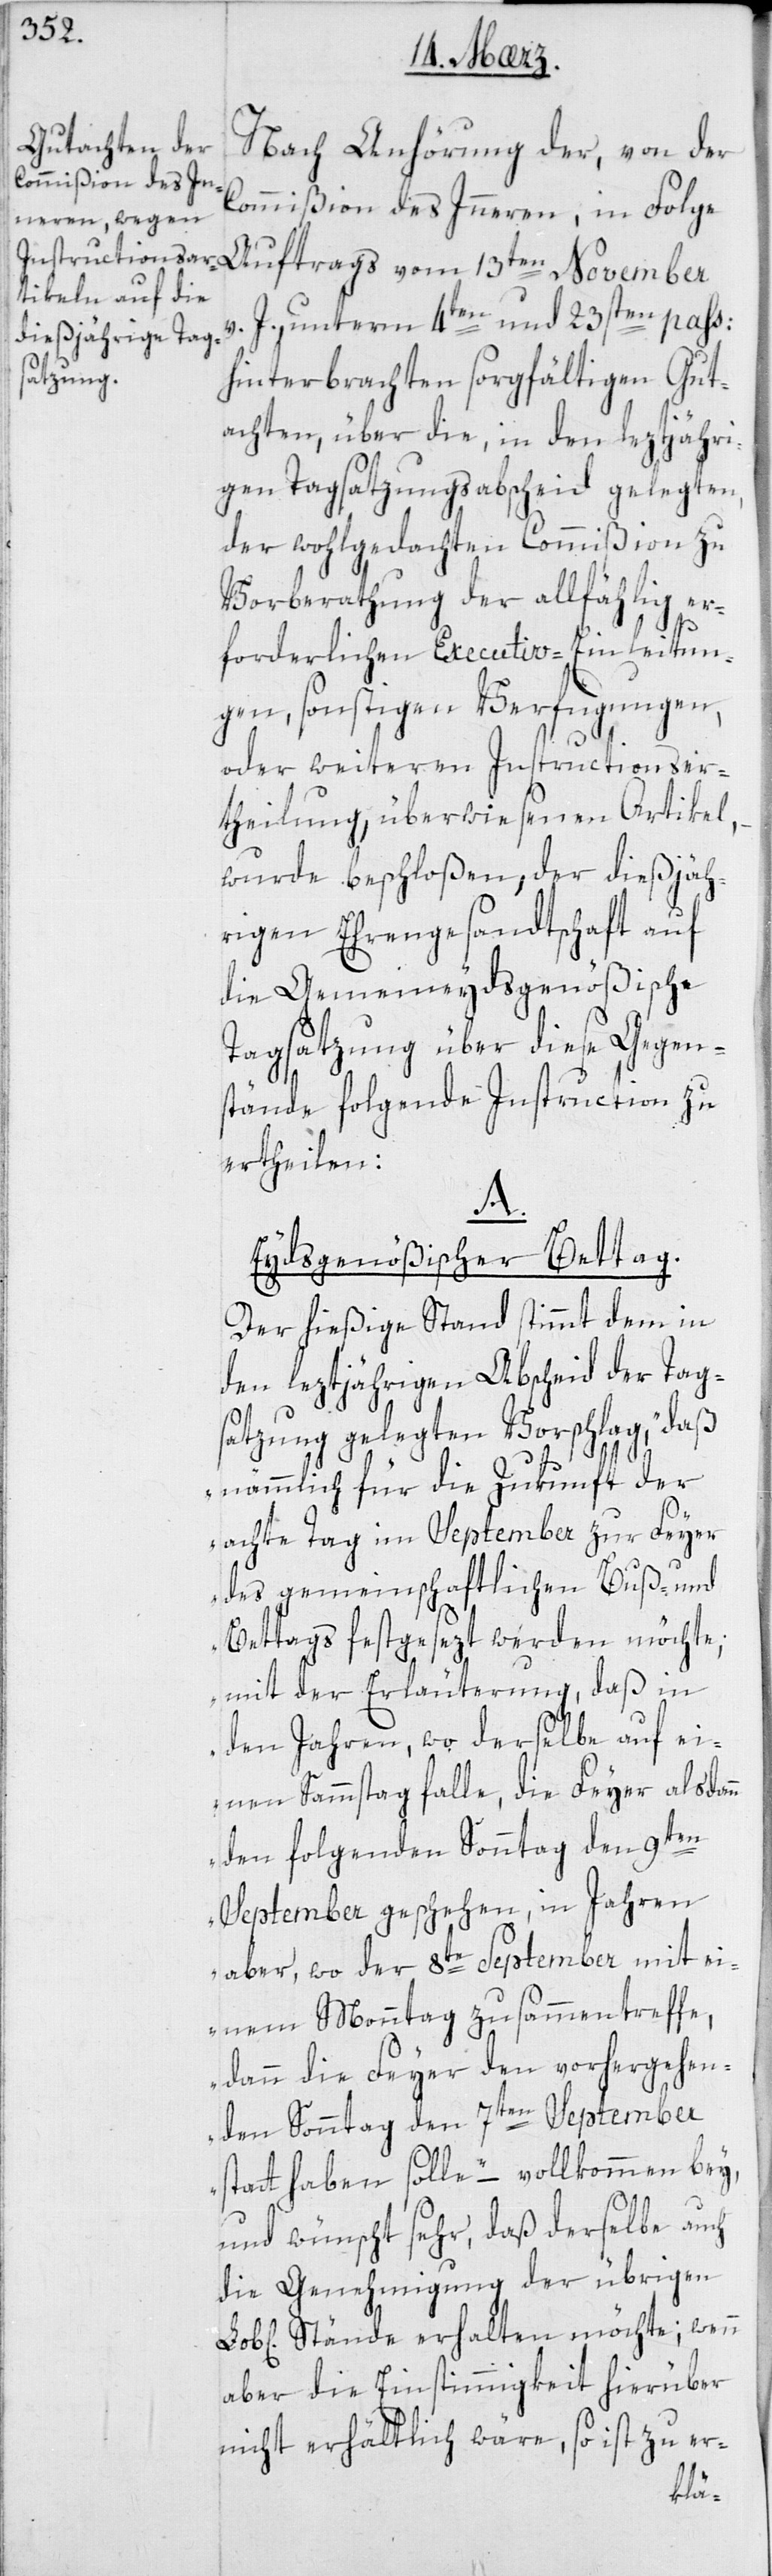
Nach Anhörung der, von der
Commißion des Innern in Folge
Auftrags vom 13ten November
v. J. unterm 4ten und 23sten pass:
hinterbrachten sorgfältigen Gut¬
achten, über die, in den leztjähri¬
gen Tagsatzungsabscheid gelegten,
der wohlgedachten Commißion zu
Vorberathung der allfällig er¬
forderlichen Executiv-Einleitun¬
gen, sonstigen Verfügungen,
oder weiteren Instructionser¬
theilung überwiesenen Artikel,
wurde beschloßen, der dießjäh¬
rigen Ehrengesandtschaft auf
die Gemeineydsgenößische
Tagsatzung über diese Gegen¬
stände folgende Instruction zu
ertheilen:
A.
Eydsgenößischer Bettag.
Der hießige Stand stimmt dem in
den leztjährigen Abscheid der Tag¬
satzung gelegten Vorschlag, „daß
nämmlich für die Zukunft der
achte Tag im September zur Feyer
des gemeinschaftlichen Buß- und
Bettags festgesezt werden möchte;
mit der Erläuterung, daß in
den Jahren, wo derselbe auf ei¬
nen Sammstag falle, die Feyer alsdann
den folgenden Sonntag den 9ten
September geschehen, in Jahren
aber, wo der 8te September mit ei¬
nem Monntag zusammentreffe,
dann die Feier den vorhergehen¬
den Sonntag den 7ten September
statt haben solle“ – vollkommen bey,
und wünscht sehr, daß derselbe auch
die Genehmigung der übrigen
Stände erhalten möchte; wenn
aber die Einstimmigkeit hierüber
nicht erhältlich wäre, so ist zu er-